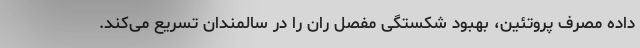
داده مصرف پروتئین، بهبود شکستگی مفصل ران را در سالمندان تسریع می‌کند.